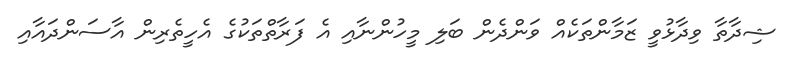
ޝިދާތާ ވިދާޅުވީ ޒަމާންތަކެއް ވަންދެން ބަލި މީހުންނާއި އެ ފަރާތްތަކުގެ އެހީތެރިން އާސަންދައާއި